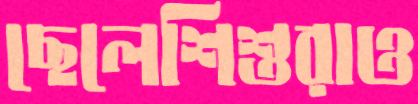
ছেলেশিশুরাও